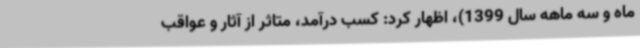
ماه و سه ماهه سال 1399)، اظهار کرد: کسب درآمد، متاثر از آثار و عواقب